画像に写った文字を読んでください
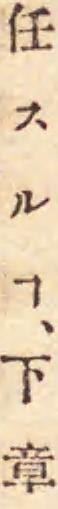
「任スルヿ、下章」と書いてあります